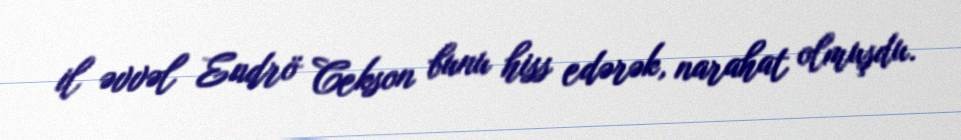
il əvvəl Endrö Cekson bunu hiss edərək, narahat olmuşdu.